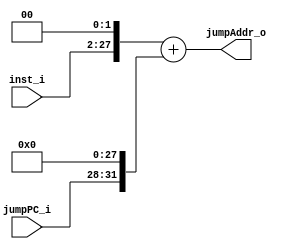
module Shift_Left2_Concat(
  input       [25:0]  inst_i,
  input       [3:0]   jumpPC_i,
  output reg  [31:0]  jumpAddr_o
);

always @(inst_i or jumpPC_i) begin
	jumpAddr_o = (inst_i<<2) + (jumpPC_i<<28);
end

endmodule